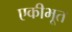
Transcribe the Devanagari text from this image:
एकीभूत